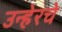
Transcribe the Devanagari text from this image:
उन्हेरचे